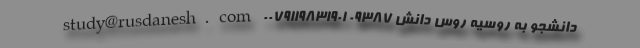
دانشجو به روسیه روس دانش study@rusdanesh. com 0079119831901 09387